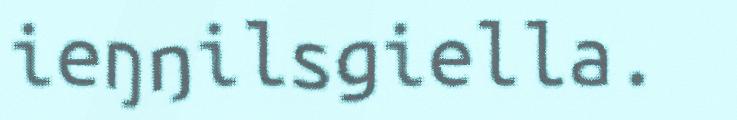
ieŋŋilsgiella.